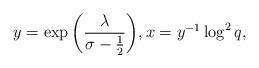
LaTeX: \begin{align*}y = \exp{\left(\frac{\lambda}{\sigma-\frac{1}{2}}\right)}, x = y^{-1}\log^{2}{q},\end{align*}